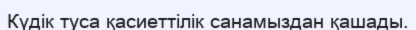
Күдік туса қасиеттілік санамыздан қашады.